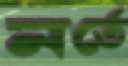
নর্তে